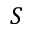
S